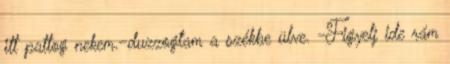
itt pattog nekem.-duzzogtam a székbe ülve. -Figyelj ide rám